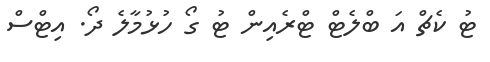
ޓު ކެޗް އަ ބްލެޓް ޓްރެއިން ޓު ގޯ ހުޅުމާލެ ދޯ. އިޓްސް